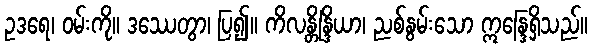
ဥဒရေ၊ ဝမ်းကို။ ဒဿေတွာ၊ ပြ၍။ ကိလန္တိန္ဒြိယာ၊ ညစ်နွမ်းသော ဣန္ဒြေရှိသည်။